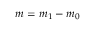
m = m _ { 1 } - m _ { 0 }